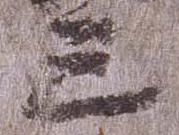
三